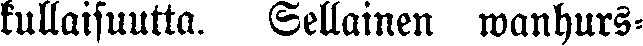
kullaisuutta. Sellainen wanhurs-